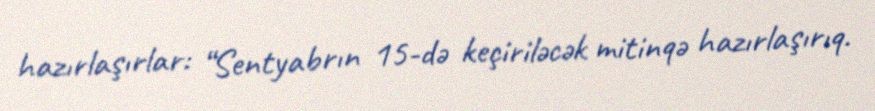
hazırlaşırlar: “Sentyabrın 15-də keçiriləcək mitinqə hazırlaşırıq.